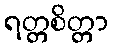
ရတ္တစိတ္တာ